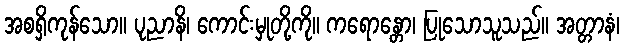
အစရှိကုန်သော။ ပုညာနိ၊ ကောင်းမှုတို့ကို။ ကရောန္တော၊ ပြုသောသူသည်။ အတ္တာနံ၊